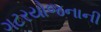
ગટરયોજનાની